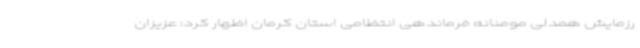
رزمایش همدلی مومنانه فرماندهی انتظامی استان کرمان اظهار کرد: عزیزان